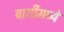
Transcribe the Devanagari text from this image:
बार्शीमध्ये